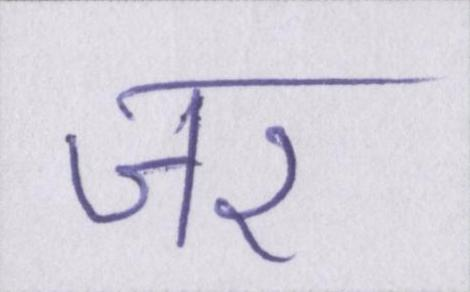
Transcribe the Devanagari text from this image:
जर